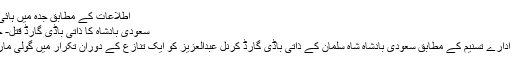
اطلاعات کے مطابق جدہ میں ہائی اسپیڈ …
سعودی بادشاہ کا ذاتی باڈی گارڈ قتل- خبریں دنیا
خبررساں ادارے تسنیم کے مطابق سعودی بادشاہ شاہ سلمان کے ذاتی باڈی گارڈ کرنل عبدالعزیز کو ایک تنازع کے دوران تکرار میں گولی مار دی گئی۔